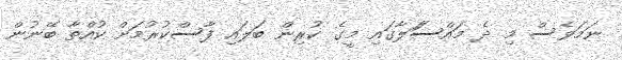
ނަމަވެސް މި ދެ މައްސަަލާގައި މީގެ ކުރިން ބަލައި ފާސްކުރުމަށް ކުއްތާ ބޭނުން